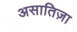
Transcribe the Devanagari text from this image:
असातिज़ा